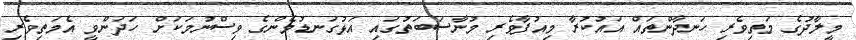
މީލާދުގެ މަތިވެރި ހަނދާންތައް އައުކުރާ މިއުފާވެރި މުނާސަބަތުގައި އަޅުގަނޑުމެންގެ ވިސްނުމަކަށް ހަދަންވީ އެމަތިވެރި